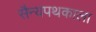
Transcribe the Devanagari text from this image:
सैन्यपथकाला